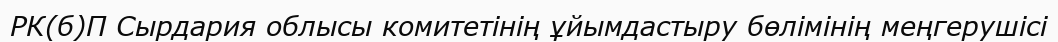
РК(б)П Сырдария облысы комитетінің ұйымдастыру бөлімінің меңгерушісі